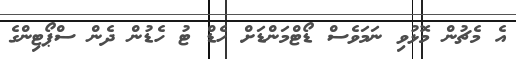
އެ މެޗުން މޮޅުވި ނަމަވެސް ޑޯޓްމަންޑަށް ހެޑް ޓު ހެޑުން ދެން ސްޕޯޓިންގެ